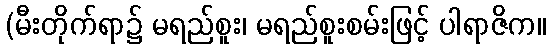
(မီးတိုက်ရာ၌ မရည်စူး၊ မရည်စူးစမ်းဖြင့် ပါရာဇိက။